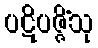
ပဋိပဇ္ဇိံသု